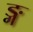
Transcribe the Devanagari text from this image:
ङ्ग